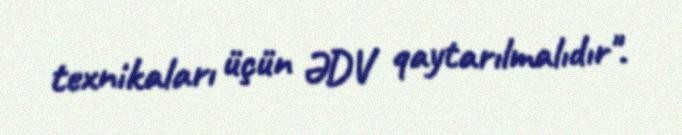
texnikaları üçün ƏDV qaytarılmalıdır".